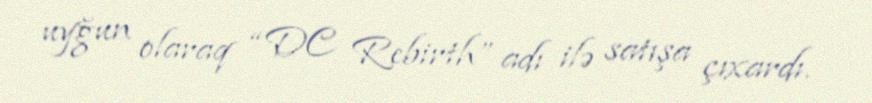
uyğun olaraq “DC Rebirth” adı ilə satışa çıxardı.